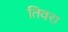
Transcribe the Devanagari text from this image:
तिवरा